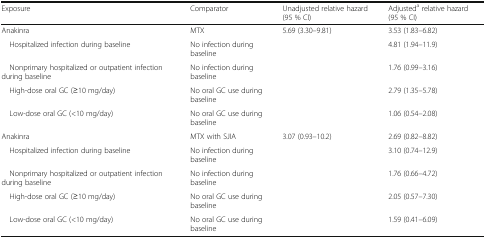
<table><thead><tr><td><b>Exposure</b></td><td><b>Comparator</b></td><td><b>Unadjusted relative hazard (95 % CI)</b></td><td><b>Adjusted<sup>a</sup> relative hazard (95 % CI)</b></td></tr></thead><tbody><tr><td>Anakinra</td><td>MTX</td><td>5.69 (3.30–9.81)</td><td>3.53 (1.83–6.82)</td></tr><tr><td> Hospitalized infection during baseline</td><td>No infection during baseline</td><td></td><td>4.81 (1.94–11.9)</td></tr><tr><td> Nonprimary hospitalized or outpatient infection during baseline</td><td>No infection during baseline</td><td></td><td>1.76 (0.99–3.16)</td></tr><tr><td> High-dose oral GC (≥10 mg/day)</td><td>No oral GC use during baseline</td><td></td><td>2.79 (1.35–5.78)</td></tr><tr><td> Low-dose oral GC (&lt;10 mg/day)</td><td>No oral GC use during baseline</td><td></td><td>1.06 (0.54–2.08)</td></tr><tr><td>Anakinra</td><td>MTX with SJIA</td><td>3.07 (0.93–10.2)</td><td>2.69 (0.82–8.82)</td></tr><tr><td> Hospitalized infection during baseline</td><td>No infection during baseline</td><td></td><td>3.10 (0.74–12.9)</td></tr><tr><td> Nonprimary hospitalized or outpatient infection during baseline</td><td>No infection during baseline</td><td></td><td>1.76 (0.66–4.72)</td></tr><tr><td> High-dose oral GC (≥10 mg/day)</td><td>No oral GC use during baseline</td><td></td><td>2.05 (0.57–7.30)</td></tr><tr><td> Low-dose oral GC (&lt;10 mg/day)</td><td>No oral GC use during baseline</td><td></td><td>1.59 (0.41–6.09)</td></tr></tbody></table>